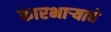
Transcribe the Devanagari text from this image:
कारभाऱ्याचे